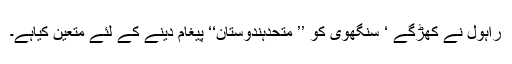
راہول نے کھڑگے ‘ سنگھوی کو ’’ متحدہندوستان‘‘ پیغام دینے کے لئے متعین کیاہے۔